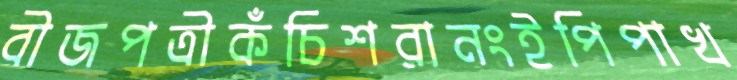
বীজপত্রীকঁচিশরানংইপিপাখ